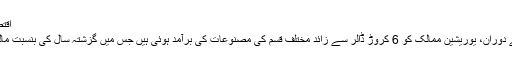
اقتصادیایران کی یوریشیا کو برآمدات میں 48 فیصد کا اضافہ
تہران، ارنا- ایران میں رواں سال کے ابتدائی 9 مہینوں کے دوران، یوریشین ممالک کو 6 کروڑ ڈالر سے زائد مختلف قسم کی مصنوعات کی برآمد ہوئی ہیں جس میں گزشتہ سال کی بنسبت مالیت کے لحاظ سے 48 فیصد کا اضافہ ریکارڈ کیا گیا ہے۔